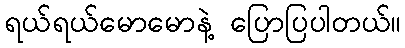
ရယ်ရယ်မောမောနဲ့ ပြောပြပါတယ်။